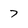
Character: 7